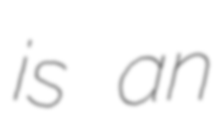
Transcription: is an